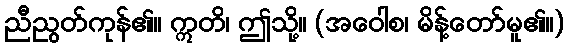
ညီညွတ်ကုန်၏။ ဣတိ၊ ဤသို့။ (အဝေါစ၊ မိန့်တော်မူ၏။)